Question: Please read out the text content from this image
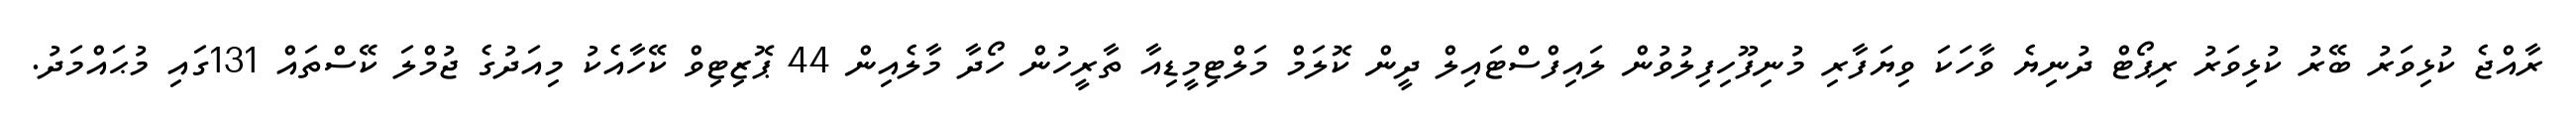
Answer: ރާއްޖެ ކުޅިވަރު ބޭރު ކުޅިވަރު ރިޕޯޓް ދުނިޔެ ވާހަކަ ވިޔަފާރި މުނިފޫހިފިލުވުން ލައިފްސްޓައިލް ދީން ކޮލަމް މަލްޓިމީޑިއާ ތާރީހުން ހޯދާ މާލެއިން 44 ޕޮޒިޓިވް ކޭހާއެކު މިއަދުގެ ޖުމްލަ ކޭސްތައް 131ގައި މުޙައްމަދު.